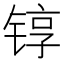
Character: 𬭚